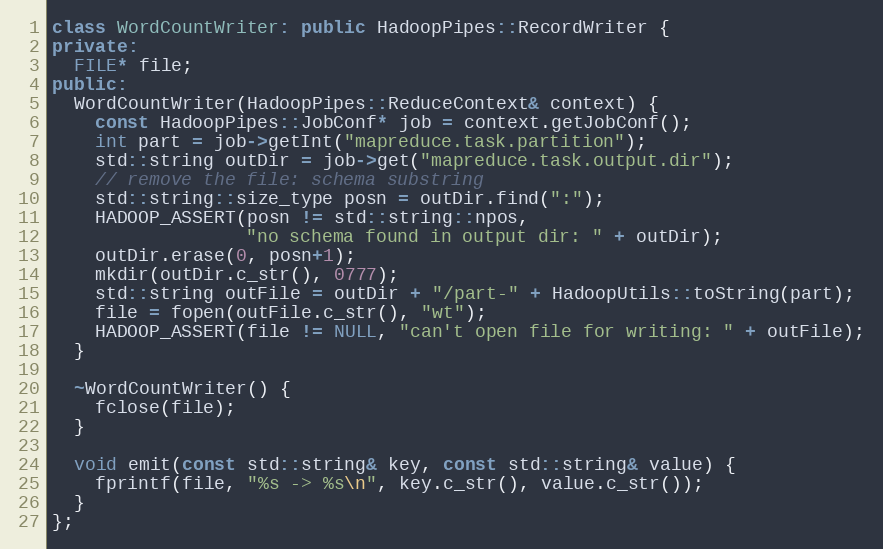
Language: C++
class WordCountWriter: public HadoopPipes::RecordWriter {
private:
  FILE* file;
public:
  WordCountWriter(HadoopPipes::ReduceContext& context) {
    const HadoopPipes::JobConf* job = context.getJobConf();
    int part = job->getInt("mapreduce.task.partition");
    std::string outDir = job->get("mapreduce.task.output.dir");
    // remove the file: schema substring
    std::string::size_type posn = outDir.find(":");
    HADOOP_ASSERT(posn != std::string::npos,
                  "no schema found in output dir: " + outDir);
    outDir.erase(0, posn+1);
    mkdir(outDir.c_str(), 0777);
    std::string outFile = outDir + "/part-" + HadoopUtils::toString(part);
    file = fopen(outFile.c_str(), "wt");
    HADOOP_ASSERT(file != NULL, "can't open file for writing: " + outFile);
  }

  ~WordCountWriter() {
    fclose(file);
  }

  void emit(const std::string& key, const std::string& value) {
    fprintf(file, "%s -> %s\n", key.c_str(), value.c_str());
  }
};